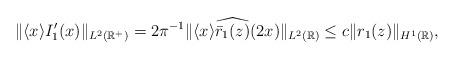
LaTeX: \begin{align*} \|\langle x\rangle I_1^{\prime}(x)\|_{L^2(\mathbb{R}^+)}= 2\pi^{-1} \|\langle x\rangle \widehat{ \bar{r}_1(z)} (2x)\|_{L^2(\mathbb{R})}\leq c \| r_1(z) \|_{H^1(\mathbb{R})},\end{align*}